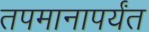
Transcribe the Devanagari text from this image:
तपमानापर्यंत